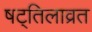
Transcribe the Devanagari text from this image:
षट्तिलाव्रत